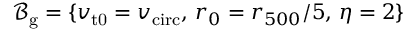
\mathcal { B } _ { \mathrm { g } } = \{ v _ { \mathrm { t 0 } } = v _ { \mathrm { c i r c } } , \, r _ { 0 } = r _ { 5 0 0 } / 5 , \, \eta = 2 \}